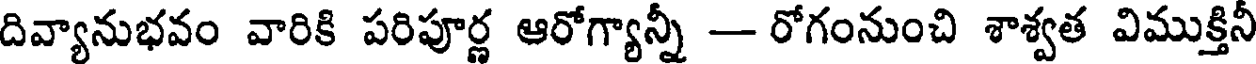
దివ్యానుభవం వారికి పరిపూర్ణ ఆరోగ్యాన్నీ - రోగంనుంచి శాశ్వత విముక్తినీ